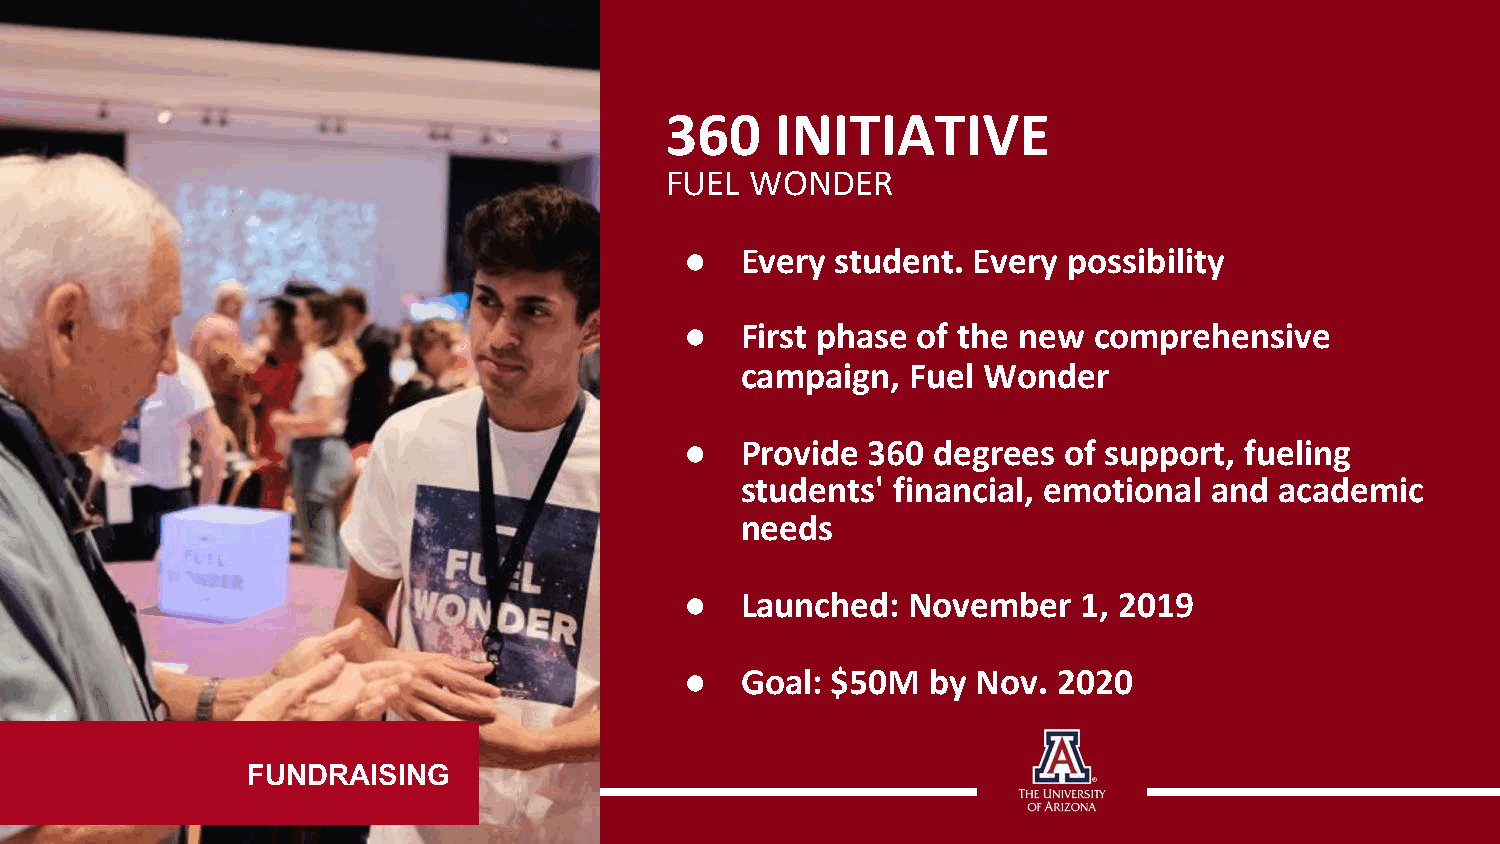
360    INITIATIVE
 FUEL  WONDER
 ●   Every student. Every  possibility
 ●   First phase of the new comprehensive
 campaign,  Fuel Wonder
 ●   Provide 360  degrees of support, fueling
 students' financial, emotional and  academic
 needs
 ●   Launched:  November    1, 2019
 ●   Goal: $50M   by Nov. 2020
 FUNDRAISING